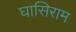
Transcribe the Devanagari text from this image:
घासिराम